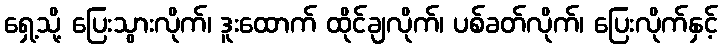
ရှေ့သို့ ပြေးသွားလိုက်၊ ဒူးထောက် ထိုင်ချလိုက်၊ ပစ်ခတ်လိုက်၊ ပြေးလိုက်နှင့်